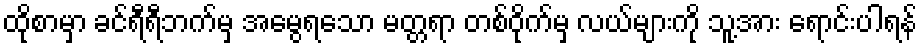
ထိုစာမှာ ခင်ရီရီဘက်မှ အမွေရသော မတ္တရာ တစ်ဝိုက်မှ လယ်များကို သူ့အား ရောင်းပါရန်